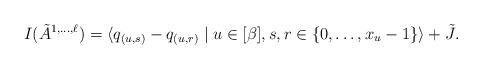
LaTeX: \begin{align*}I(\tilde{A}^{1,\dots,\ell}) = \langle q_{(u,s)} - q_{(u,r)} \mid u \in [\beta], s,r \in \{0,\dots,x_u-1\} \rangle + \tilde{J}.\end{align*}